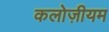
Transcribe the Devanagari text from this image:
कलोज़ीयम